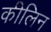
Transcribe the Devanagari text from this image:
कीलिन